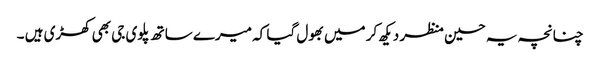
چنانچہ یہ حسین منظر دیکھ کر میں بھول گیا کہ میرے ساتھ پلوی جی بھی کھڑی ہیں ۔